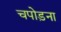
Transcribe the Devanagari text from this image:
चपोड़ना